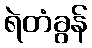
ရဲတံခွန်